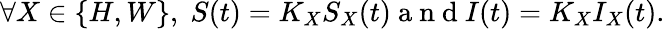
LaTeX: \forall X\in\{ H,W\} ,\; S(t)=K_{X}S_{X}(t)\mathrm{~a~n~d~}I(t)=K_{X}I_{X}(t).